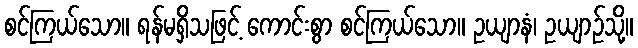
စင်ကြယ်သော။ ရန်မရှိသဖြင့် ကောင်းစွာ စင်ကြယ်သော။ ဥယျာနံ၊ ဥယျာဉ်သို့။